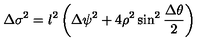
\Delta \sigma ^ { 2 } = l ^ { 2 } \left( \Delta \psi ^ { 2 } + 4 \rho ^ { 2 } \sin ^ { 2 } { \frac { \Delta \theta } { 2 } } \right)